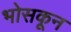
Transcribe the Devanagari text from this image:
भोसकून